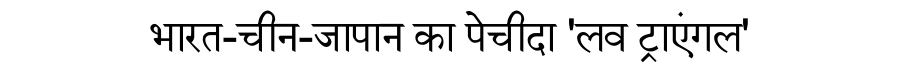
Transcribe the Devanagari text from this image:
भारत-चीन-जापान का पेचीदा 'लव ट्राएंगल'